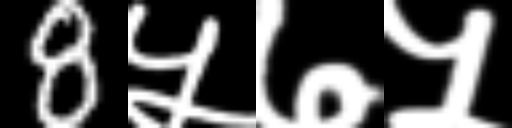
Text: 8५७५